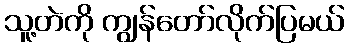
သူ့တဲကို ကျွန်တော်လိုက်ပြမယ်